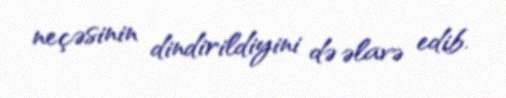
neçəsinin dindirildiyini də əlavə edib.